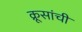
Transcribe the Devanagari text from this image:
क्रूसांची